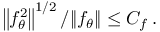
\left\| f _ { \theta } ^ { 2 } \right\| ^ { 1 / 2 } / \| f _ { \theta } \| \leq C _ { f } \, .